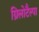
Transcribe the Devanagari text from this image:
ग्रिलोटैल्पा